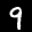
Label: 9